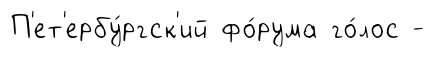
П'ет'ербу́ргск'ий фо́рума го́лос -